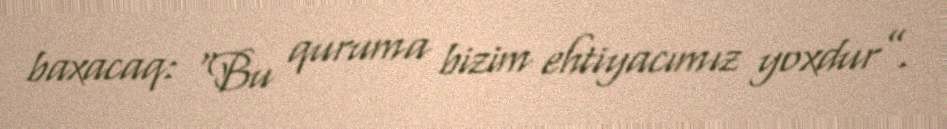
baxacaq: “Bu quruma bizim ehtiyacımız yoxdur”.